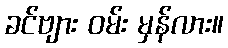
ခင်ဗျား ဝမ်း မှန်လား။